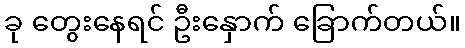
ခု တွေးနေရင် ဦးနှောက် ခြောက်တယ်။